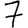
Digit: 7